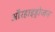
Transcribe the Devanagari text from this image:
औरहाइड्रोजन